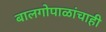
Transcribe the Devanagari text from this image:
बालगोपाळांचाही